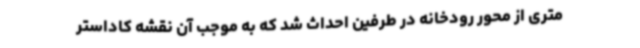
متری از محور رودخانه در طرفین احداث شد که به موجب آن نقشه کاداستر